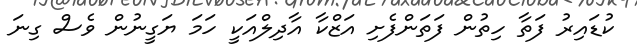
ކުޑައިރު ފަތާ ހިތުން ފަތަންފެށި އަޒްކާ އާދިލްއަކީ ހަމަ ޔަގީނުން ވެސް ގިނަ